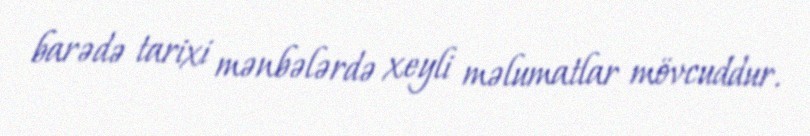
barədə tarixi mənbələrdə xeyli məlumatlar mövcuddur.